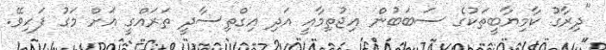
"ދިރާގު ކާމިޔާބީތަކުގެ ސަބަބުން އިޖުތިމާއީ އަދި އިގްތިސާދީ ތަރައްގީ އަށް މަގު ފަހިވޭ.